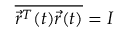
\overline { { \vec { r } ^ { T } ( t ) \vec { r } ( t ) } } = I